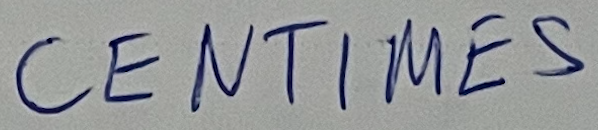
CENTIMES